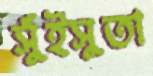
সুঁইসুতা